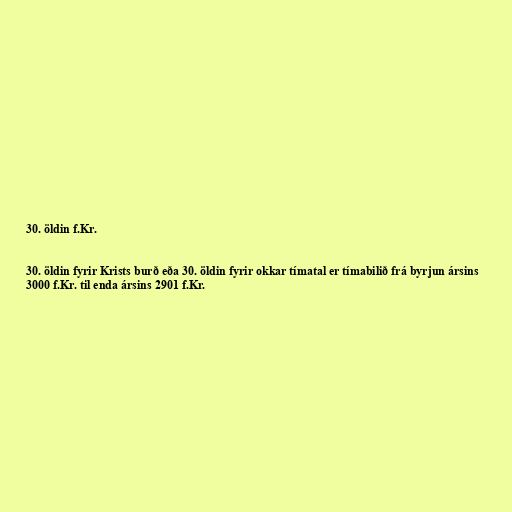
30. öldin f.Kr.

30. öldin fyrir Krists burð eða 30. öldin fyrir okkar tímatal er tímabilið frá byrjun ársins
3000 f.Kr. til enda ársins 2901 f.Kr.